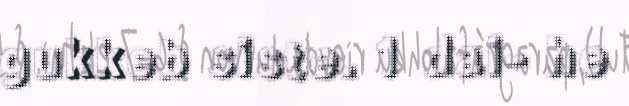
gukkeb siste. 1 dai- he